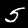
Label: 5